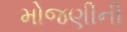
મોજણીની